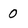
Character: 0